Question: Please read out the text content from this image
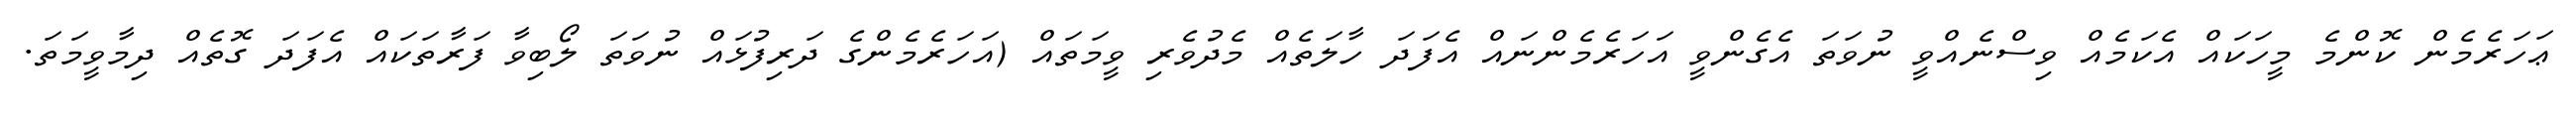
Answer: ޢަހަރެމެން ކޮންމެ މީހަކައް އެކަމެއް ވިސްނެއްވީ ނުވަތަ އެގެންވީ އަހަރެމެންނައް އެފަދަ ހާލަތެއް މެދުވެރި ވީމަތައް (އަހަރެމެންގެ ދަރިފުޅައް ނުވަތަ ލޯބިވާ ފަރާތަކައް އެފަދަ ގޮތެއް ދިމާވީމަތަ.